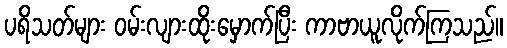
ပရိသတ်များ ဝမ်းလျားထိုးမှောက်ပြီး ကာဗာယူလိုက်ကြသည်။